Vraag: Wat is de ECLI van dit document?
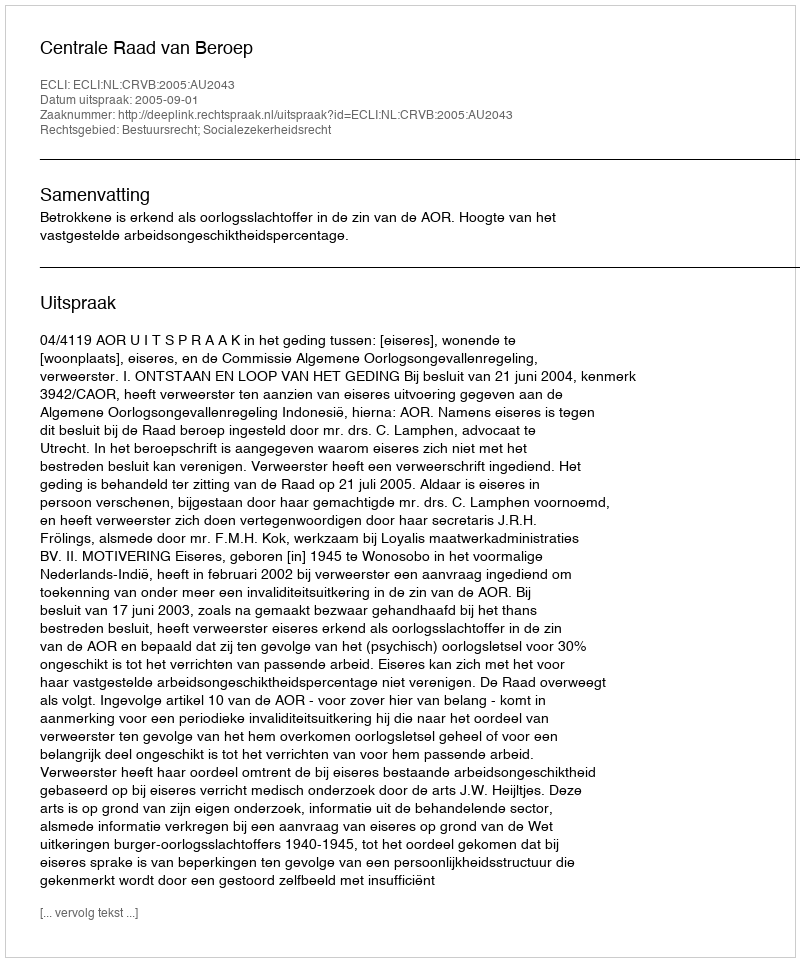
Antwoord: ECLI:NL:CRVB:2005:AU2043